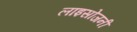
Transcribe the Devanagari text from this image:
लाइसोजनी